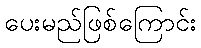
ပေးမည်ဖြစ်ကြောင်း